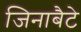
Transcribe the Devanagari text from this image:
जिनाबैटे